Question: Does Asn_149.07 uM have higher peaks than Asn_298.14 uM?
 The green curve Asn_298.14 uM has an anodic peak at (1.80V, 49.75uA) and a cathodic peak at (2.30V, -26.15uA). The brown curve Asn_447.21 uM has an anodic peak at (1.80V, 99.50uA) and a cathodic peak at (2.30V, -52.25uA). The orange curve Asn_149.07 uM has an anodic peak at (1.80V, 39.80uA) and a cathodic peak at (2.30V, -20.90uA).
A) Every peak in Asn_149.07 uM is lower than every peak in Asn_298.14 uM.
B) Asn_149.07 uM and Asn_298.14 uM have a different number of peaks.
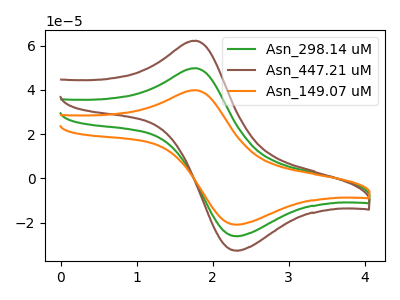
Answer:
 <answer>A) Every peak in "Asn_149.07 uM" is lower than every peak in "Asn_298.14 uM".</answer>
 <eval>A</eval>